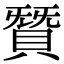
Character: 𮚋